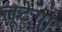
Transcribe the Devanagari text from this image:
लूटेगा